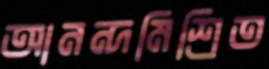
আনন্দমিশ্রিত